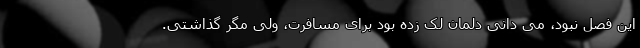
این فصل نبود، می دانی دلمان لک زده بود برای مسافرت، ولی مگر گذاشتی.